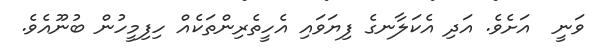
ވަނީ  އަށެވެ. އަދި އެކަލާނގެ ފިޔަވައި އެހީތެރިންތަކެއް ހިފިމީހުން ބުނޫއެވެ.